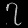
Digit: ၇